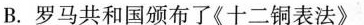
B.罗马共和国颁布了《十二铜表法》